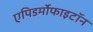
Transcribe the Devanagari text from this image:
एपिडर्मोफाइटॉन